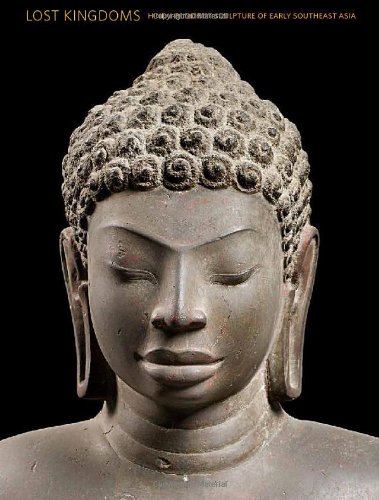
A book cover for Lost Kingdoms: Hindu-Buddhist Sculpture of Early Southeast Asia (Metropolitan Museum of Art); John Guy; Arts & Photography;